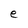
Character: e